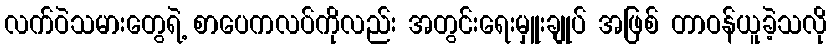
လက်ဝဲသမားတွေရဲ့ စာပေကလပ်ကိုလည်း အတွင်းရေးမှူးချုပ် အဖြစ် တာဝန်ယူခဲ့သလို